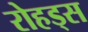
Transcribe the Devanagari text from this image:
रोहड्स